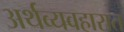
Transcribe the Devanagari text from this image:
अर्थव्यवहारात